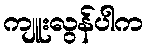
ကျူးလွန်ပါက